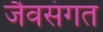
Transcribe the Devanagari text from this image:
जैवसंगत